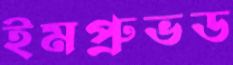
ইমপ্রুভড